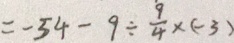
= - 5 4 - 9 \div \frac { 9 } { 4 } \times ( - 3 )